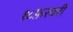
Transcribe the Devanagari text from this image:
१८फ़रवरी